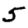
Digit: 5